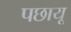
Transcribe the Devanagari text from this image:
पछायू